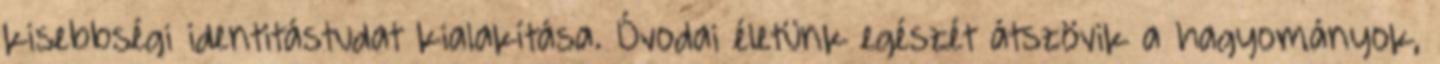
kisebbségi identitástudat kialakítása. Óvodai életünk egészét átszövik a hagyományok,